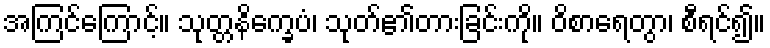
အကြင်ကြောင့်။ သုတ္တနိက္ခေပံ၊ သုတ်၏တားခြင်းကို။ ဝိစာရေတွာ၊ စီရင်၍။